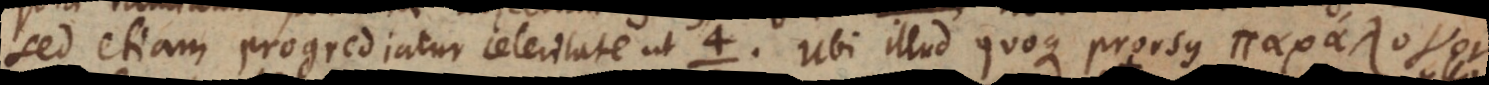
sed etiam progrediatur celeritate ut. Ubi illud quoque prorsus Â